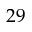
2 9